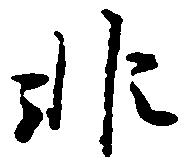
非